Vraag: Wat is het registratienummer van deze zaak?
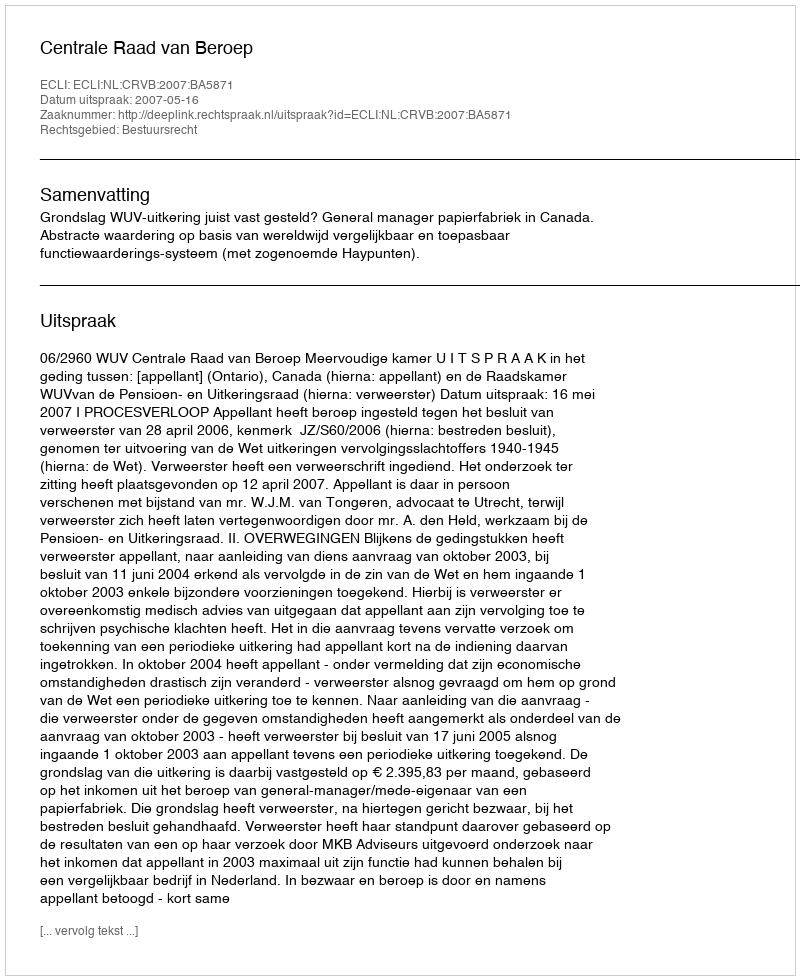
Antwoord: http://deeplink.rechtspraak.nl/uitspraak?id=ECLI:NL:CRVB:2007:BA5871